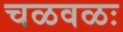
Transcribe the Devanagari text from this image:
चळवळः